Calcutta medical institutions reports 1892-1900
Year: 1892
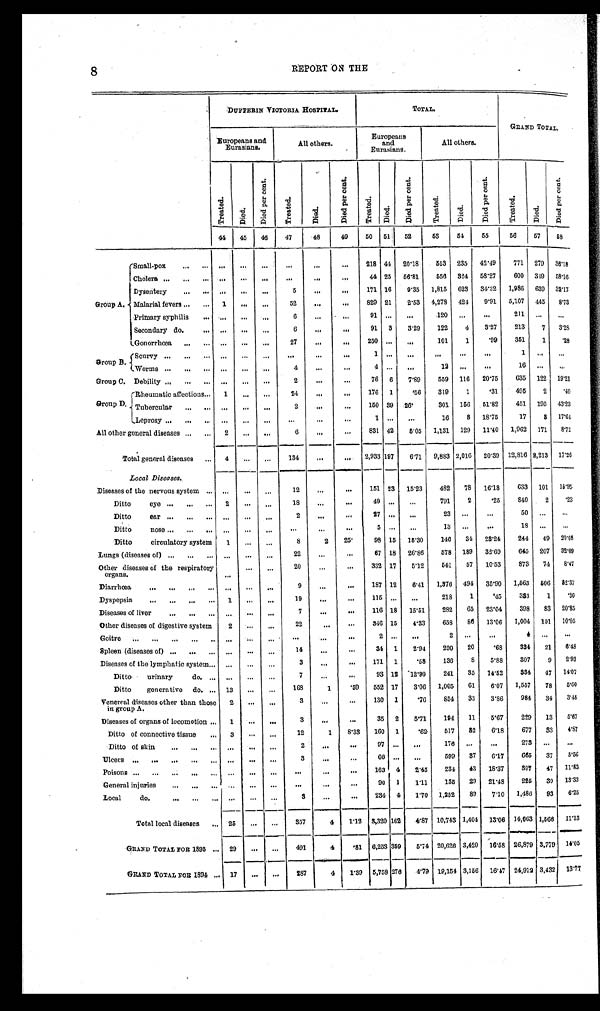
8
REPORT ON THE
DUFFERIN VICTORIA HOSPITAL.
TOTAL.
GRAND TOTAL.
Europeans and
Eurasians.
All others.
Europeans
and
Eurasians.
All others.
Tr eat ed.
D i e d . D i e d p e r c e n t .
T r e a t e d .
Di ed.
D i e d p e r c e n t .
T r e a t e d .
D i e d .
D i e d p e r c e n t .
T r e a t e d .
D i e d .
D i e d p e r c e n t .
T r e a t e d .
D i e d .
D i e d p e r c e n t .
44
4 5 46
4 7
48
4 9
50
5 1 52
53
54
5 5
56
57 58
Group A.
Small-pox
. . .
. . .
. . .
. . .
. . .
. . .
. . .
218 44 20.18
553 235 42.49
771 279 3 6 . 1 8
Cholera . . .
. . . . . .
. . .
. . .
. . .
. . .
44 25 56.81
556 324 58.27
600 349 5 8 . 1 6
Dysentery
. . .
. . .
. . .
. . .
5
. . .
. . .
171 16 9.35 1,815 623 34.32 1,986 639 3 2 . 1 7
Malarial fevers . . .
1
. . .
. . .
52
. . .
. . .
829 21
2.53 4,278 424 9.91 5,107 445 8 . 7 3
Primary syphilis . . .
. . .
. . .
. . .
6
. . .
. . .
91 . . .
. . .
120
. . .
. . . 211
. . .
. . .
Secondary do. . . .
. . .
. . .
. . .
6
. . .
. . .
91 3 3.29 122
4
3.27 213
7 3 . 2 8
Gonorrhœa . . .
. . .
. . .
. . .
27
. . .
. . .
250
. . .
. . .
101
1
.99
351
1 .28
Group B.
Scurvy . . .
. . .
. . . . . .
. . .
. . .
. . .
1 . . .
. . .
. . .
. . .
. . .
1
. . .
. . .
Worms . . .
. . .
. . . . . .
4
. . .
. . .
4
. . .
. . .
1 2 . . .
. . . 16
. . .
. . .
Group C. Debility . . .
. . .
. . .
. . .
2
. . .
. . .
76 6 7.89 559 116 20.75
635 122 1 9 . 2 1
Group D.
Rheumatic affections . . . 1
. . .
. . .
24
. . .
. . .
176 1
.56
319
1
.31
495
2
. 4 0
Tubercular
. . .
. . .
. . .
. . .
2
. . .
. . .
150 39 26.
301 156 51.82
451 195 4 3 . 2 3
Leprosy . . .
. . .
. . .
. . .
. . .
. . .
. . .
1 . . .
. . .
16
8 18.75
17
8 1 7 . 6 4
All other general diseases . . . 2
. . .
. . .
6
. . .
. . .
831 42
5.05 1,131 129 11.40 1,962 171 8 . 7 1
Total general diseases . . . 4
. . . . . .
134
. . .
. . . 2,933 197
6.71 9,883 2,016 20.39 12,816 2,213 1 7 . 2 6
Local Diseases.
Diseases of the nervous system . . . . . .
. . .
. . .
12
. . .
. . .
151 23 15.23
482 78 16.18 633 101 1 5 . 9 5
D i t t o e y e . . .
2
. . . . . .
18
. . .
. . .
49
. . .
. . .
791
2
.25 840
2 .23
Ditto ear . . .
. . .
. . .
. . .
2
. . .
. . .
27
. . .
. . .
23 . . .
. . .
50
. . .
. . .
Ditto nose . . . . . .
. . .
. . .
. . .
. . .
. . .
5 . . .
. . .
13 . . .
. . .
18
. . .
. . .
Ditto circulatory system
1
. . .
. . .
8
2 2 5 .
98 15 15.30
146 34 23.24 244 49 20.08
Lungs (diseases of) . . . . . .
. . .
. . .
22
. . . . . .
67 18 26.86
578 189 32.69
645 207 32.09
Other diseases of the respiratory
organs.
. . .
. . .
. . .
20
. . .
. . .
332 17
5.12 541 57 10.53 873 74 8.47
D i a r r h œ a . . .
. . . . . .
. . .
9
. . .
. . .
187 12
6.41 1,376 494 35.90 1,563 506 8 2 . 3 7
Dyspepsia . . . 1
. . .
. . .
19
. . .
. . .
115
. . .
. . .
218
1
.45
383
1
.30
Diseases of liver . . .
. . .
. . .
. . .
7
. . .
. . .
116 18 15.51
282 65 23.04
398 83 2 0 . 8 5
Other diseases of digestive system
2
. . . . . .
22
. . .
. . .
346 15 4.33
658 86 13.06 1,004 101 1 0 . 0 5
Goitre . . .
. . .
. . . . . .
. . .
. . .
. . .
2
. . .
. . .
2 . . .
. . .
4 . . .
. . .
Spleen (diseases of) . . . . . .
. . .
. . .
14
. . .
. . .
34 1 2.94 290 20
.68
324 21 6.48
Diseases of the lymphatic system . . . . . .
. . .
. . .
3
. . .
. . .
171 1
.58
136
8
5.88
307
9 2 . 9 3
Di t t o ur i nar y do. . . .
. . .
. . .
. . .
7
. . .
. . .
93 12 12.90 241 35 14.52 334 47 1 4 . 0 7
Ditto generative do. . . . 13
. . .
. . .
168
1
. 5 9 552 17 3.06 1,005 61
6.07 1,557 78 5 . 0 0
Venereal diseases other than those
i n g r o u p A .
2
. . .
. . .
3
. . .
. . . 130 1
.76
854 33
3.86
984 34 3 . 4 5
Diseases of organs of locomotion . . . 1
. . . . . .
3
. . .
. . . 35 2 5.71 194 11
5.67
229 13 5 . 6 7
Ditto of connective tissue . . .
3
. . .
. . .
12
1
8.33 160 1
. 6 2 517 82
6.18 677 33 4 . 8 7
Ditto of skin . . . . . .
. . .
. . .
2
. . .
. . . 97
. . .
. . .
176
. . .
. . . 273
. . .
. . .
Ulcers . . . . . .
. . .
. . .
3
. . .
. . .
66 . . .
. . .
599 37
6.17 665 37 5 . 5 6
P o i s o n s . . .
. . .
. . .
. . .
. . .
. . .
. . . 163 4 2.45 234 43 18.37 397 47 11. 83
General injuries . . . . . .
. . .
. . .
. . .
. . .
. . .
90 1
1.11 135 29 21.48 225 30 13. 33
Local do. . . .
. . . . . .
. . .
3
. . .
. . . 234 4 1.70 1,252 89 7.10 1,486 93 6. 25
Total local diseases . . . 25
. . .
. . . 357
4 1.12 3,320 162 4.87 10,743 1,404 13.06 14,063 1,566 11. 13
GRAND TOTAL FOR 1895 . . . 29
. . .
. . .
491
4
.81 6,253 359 5.74 20,626 3,420 16.58 26,879 3,779 14. 05
GRAND TOTAL FOR1 8 9 4 . . . 17
. . .
. . .
287
4 1.39 5,758 276 4.79 19,154 3,156 16.47 24,912 3,432 13.77